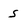
Character: s